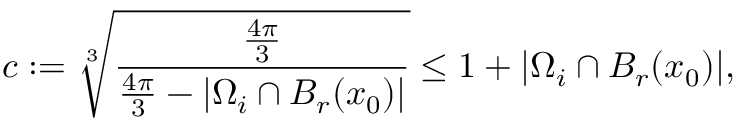
c : = \sqrt [ 3 ] { \frac { \frac { 4 \pi } { 3 } } { \frac { 4 \pi } { 3 } - | \Omega _ { i } \cap B _ { r } ( x _ { 0 } ) | } } \leq 1 + | \Omega _ { i } \cap B _ { r } ( x _ { 0 } ) | ,